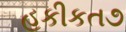
હકીકત૭